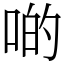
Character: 啲